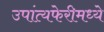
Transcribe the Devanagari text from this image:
उपांत्यफेरीमध्ये